Source: Handwritten
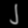
Digit: ၂ (2)